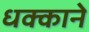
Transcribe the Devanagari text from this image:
धक्काने